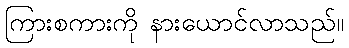
ကြားစကားကို နားယောင်လာသည်။